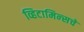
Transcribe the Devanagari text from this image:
व्हिटामिन्‍सचे